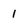
Character: 1